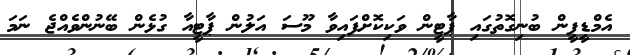
އެމްޑީޕީން ބުނިގޮތުގައި ޕާޓީން ވަކިކޮށްފައިވާ މޫސަ އަލުން ޕާޓީއާ ގުޅެން ބޭނުންވެއްޖެ ނަމަ